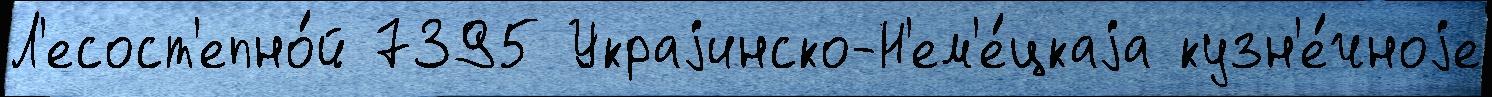
Л'есост'епно́й 7395 Украjинско-Н'ем'е́цкаjа кузн'е́чноjе